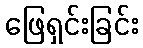
ဖြေရှင်းခြင်း